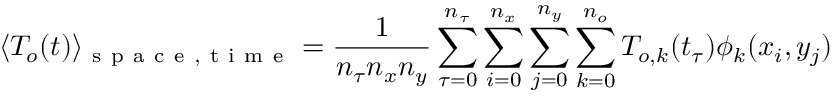
\langle T _ { o } ( t ) \rangle _ { \mathrm { ~ s ~ p ~ a ~ c ~ e ~ , ~ t ~ i ~ m ~ e ~ } } = \frac { 1 } { n _ { \tau } n _ { x } n _ { y } } \sum _ { \tau = 0 } ^ { n _ { \tau } } \sum _ { i = 0 } ^ { n _ { x } } \sum _ { j = 0 } ^ { n _ { y } } \sum _ { k = 0 } ^ { n _ { o } } T _ { o , k } ( t _ { \tau } ) \phi _ { k } ( x _ { i } , y _ { j } )